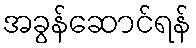
အခွန်ဆောင်ရန်